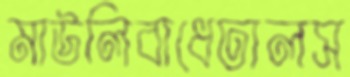
মাউলিবাধেঢালস